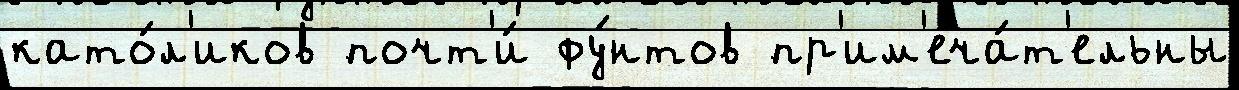
като́л'иков почт'и́ фу́нтов пр'им'еча́т'ельны